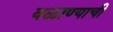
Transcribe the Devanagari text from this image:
वळाण्याची